Civil Veterinary Dept. Bombay admin report 1932-41 - 1932-1941
Year: 1932
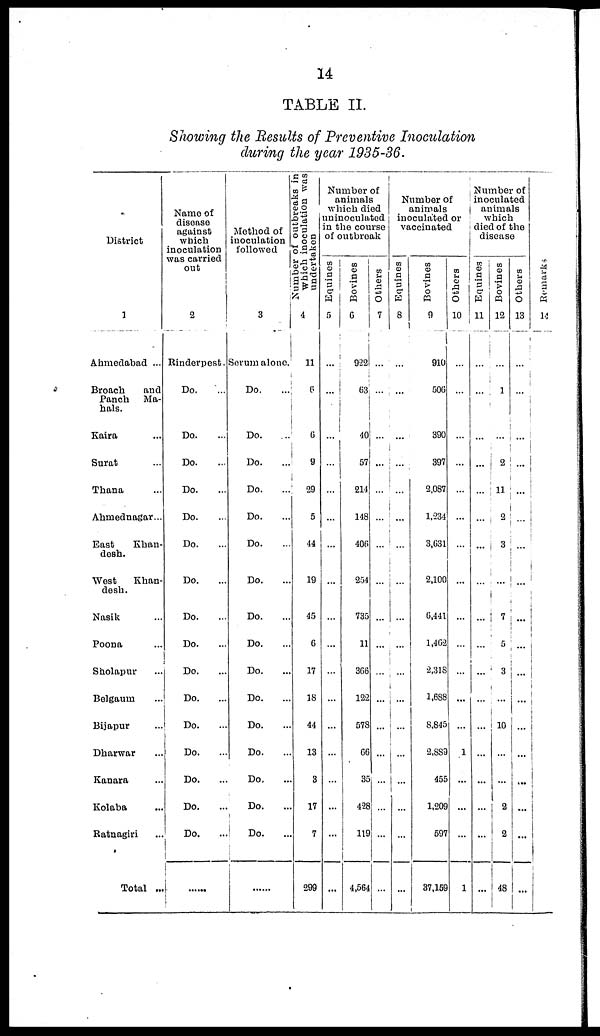
14
TABLE II.
Showing the Results of Preventive Inoculation
during the year 1935-36.
District
1
Ahmedabad ...
Broach
and
Panch Ma-
hals.
Kaira ...
Surat ...
Thana ...
Ahmednagar...
East
Ehan-
desh.
West
Khan-
desh.
Nasik ...
Poona ...
Sholapur ...
Belgaum ...
Bijapur ...
Dharwar ...
Kanara ...
Kolaba ...
Ratnagiri ...
Total ...
Name of
disease
against
which
inoculation
was carried
out
2
Rinderpest.
Do. ...
Do. ...
Do. ...
Do. ...
Do. ...
Do. ...
Do. ...
Do. ...
Do. ...
Do. ...
Do. ...
Do. ...
Do. ...
Do. ...
Do. ...
Do. ...
......
Method of
inoculation
followed
3
Scrum alone.
Do. ...
Do. ...
Do. ...
Do. ...
Do. ...
Do. ...
Do. ...
Do. ...
Do. ...
Do. ...
Do. ...
Do. ...
Do. ...
Do. ...
Do. ...
Do. ...
......
Number of outbreaks in
which inoculation was
undertaken
4
11
6
6
9
29
5
44
19
45
6
17
18
44
13
3
17
7
299
Number of
animals
which died
uninoculated
in the course
of outbreak
Equines
5
...
...
...
...
...
...
...
...
...
...
...
...
...
...
...
...
Bovines
6
922
63
40
57
214
148
406
254
735
11
366
122
578
66
35
428
119
4,564
Others
7
...
...
...
...
...
...
...
...
...
...
...
...
...
...
...
...
...
...
Number of
animals
inoculated or
vaccinated
Equines
8
...
...
...
...
...
...
...
...
...
...
...
...
...
...
...
...
...
...
Bovines
9
910
506
390
397
2,087
1,234
3,631
2,100
6,441
1,462
2,318
1,688
8,845
2,889
455
1,209
597
37,159
Others
10
...
...
...
...
...
...
...
...
...
...
...
...
...
1
...
...
...
1
Number of
inoculated
animals
which
died of the
disease
Equines
11
...
...
...
...
...
...
...
...
...
...
...
...
...
...
...
...
...
...
Bovines
12
...
1
2
11
2
3
...
7
5
3
...
10
...
...
2
2
48
Others
13
...
...
...
...
...
...
...
...
...
...
...
...
...
...
...
...
...
...
Re ma r
k s
14